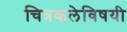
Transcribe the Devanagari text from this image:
चित्रकलेविषयी